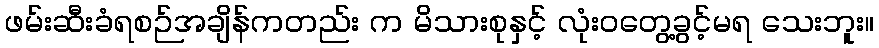
ဖမ်းဆီးခံရစဉ်အချိန်ကတည်း က မိသားစုနှင့် လုံးဝတွေ့ခွင့်မရ သေးဘူး။